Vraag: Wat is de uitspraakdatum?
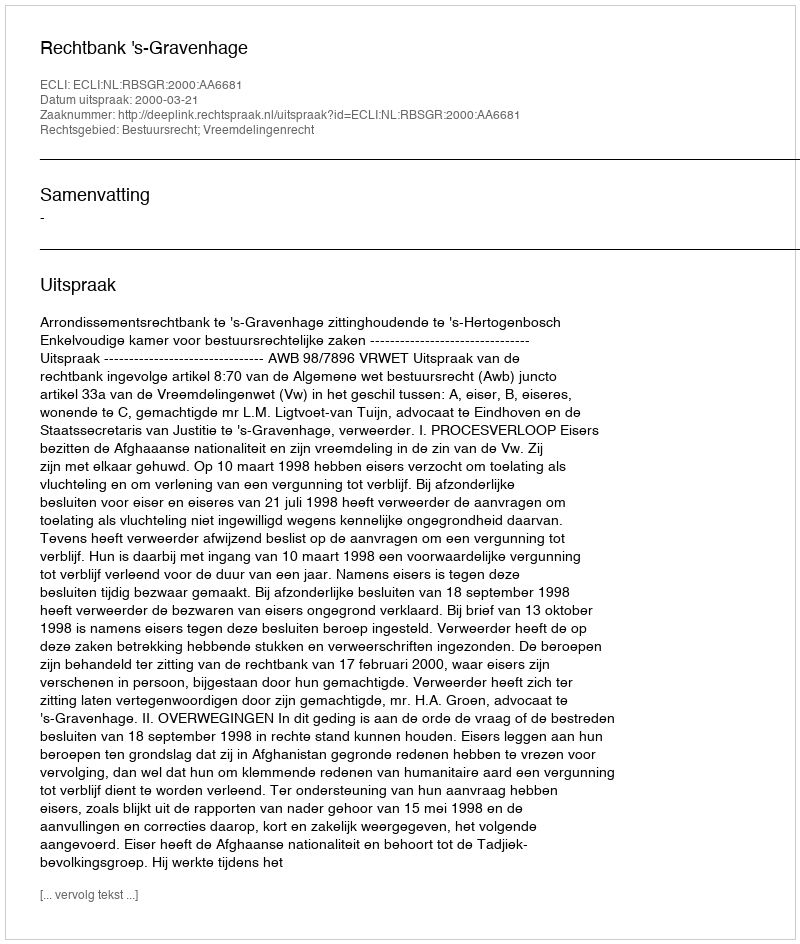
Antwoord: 2000-03-21